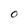
Character: O